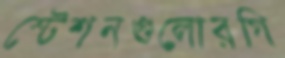
স্টেশনগুলোরগি